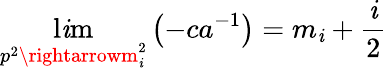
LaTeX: \operatorname*{l\mathit{i}m}_{p^{2}\rightarrowm_{\mathit{i}}^{2}}\left(-ca^{-1}\right)=m_{\mathit{i}}+\frac{{\mathit{i}}}{{2}}